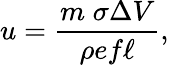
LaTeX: u={\frac{m\; \sigma\Delta V}{\rho ef\ell}},